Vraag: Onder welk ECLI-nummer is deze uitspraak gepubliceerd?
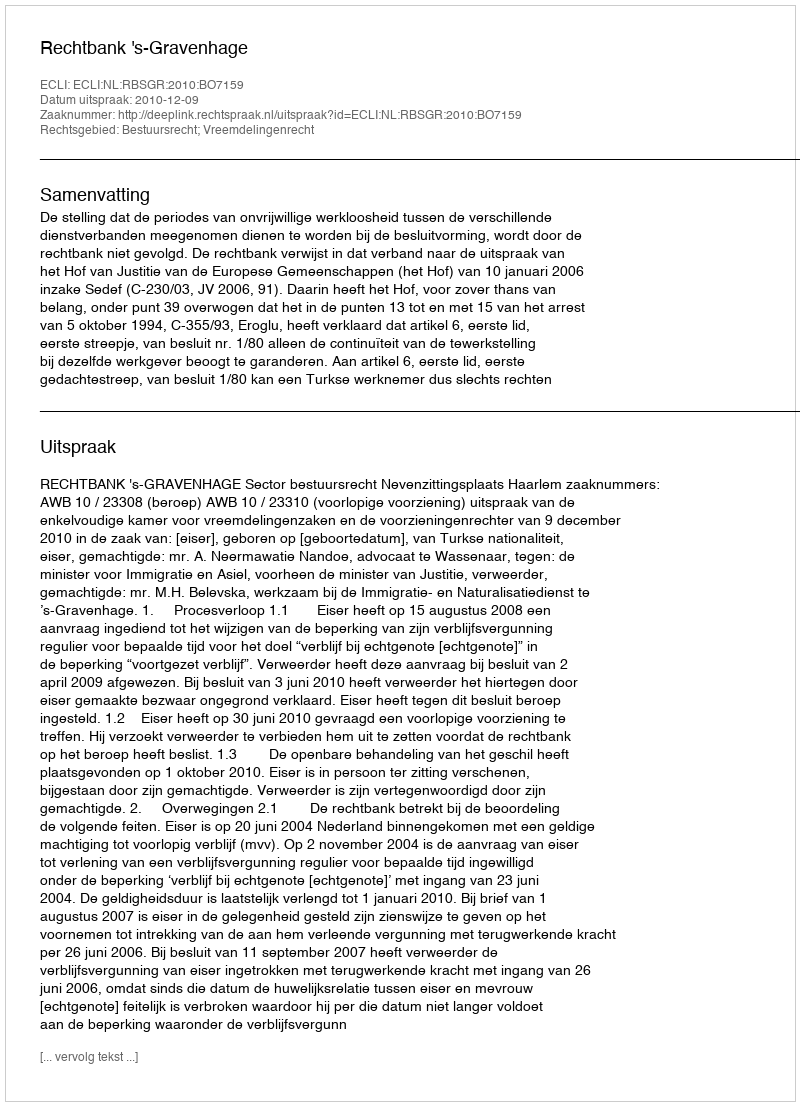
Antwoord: ECLI:NL:RBSGR:2010:BO7159